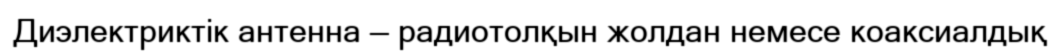
Диэлектриктік антенна — радиотолқын жолдан немесе коаксиалдық